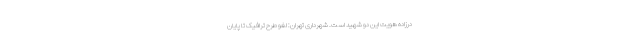
درزاده هویت این دو شهید است. شهرداری تهران: لغو طرح ترافیک تا پایان